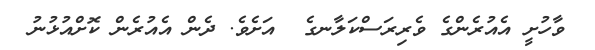
ވާހުށީ އެއުރެންގެ ވެރިރަސްކަލާނގެ  އަށެވެ. ދެން އެއުރެން ކޮށްއުޅުނު